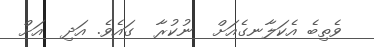
ވެތިބެ އެކަލާނގެއަށް  ނުކުރާ  ގައެވެ. އަދި  އަށް